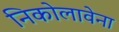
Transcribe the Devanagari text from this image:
निकोलावेना